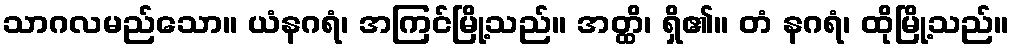
သာဂလမည်သော။ ယံနဂရံ၊ အကြင်မြို့သည်။ အတ္ထိ၊ ရှိ၏။ တံ နဂရံ၊ ထိုမြို့သည်။